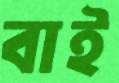
বাই